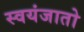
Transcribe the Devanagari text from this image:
स्वयंजातो